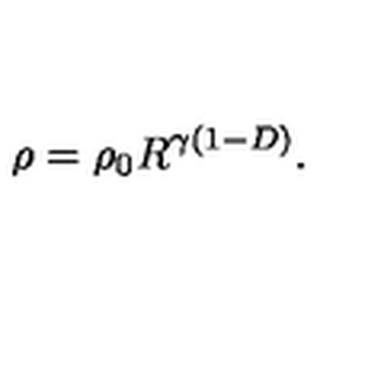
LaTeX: \rho = \rho _ { 0 } R ^ { \gamma ( 1 - D ) } .